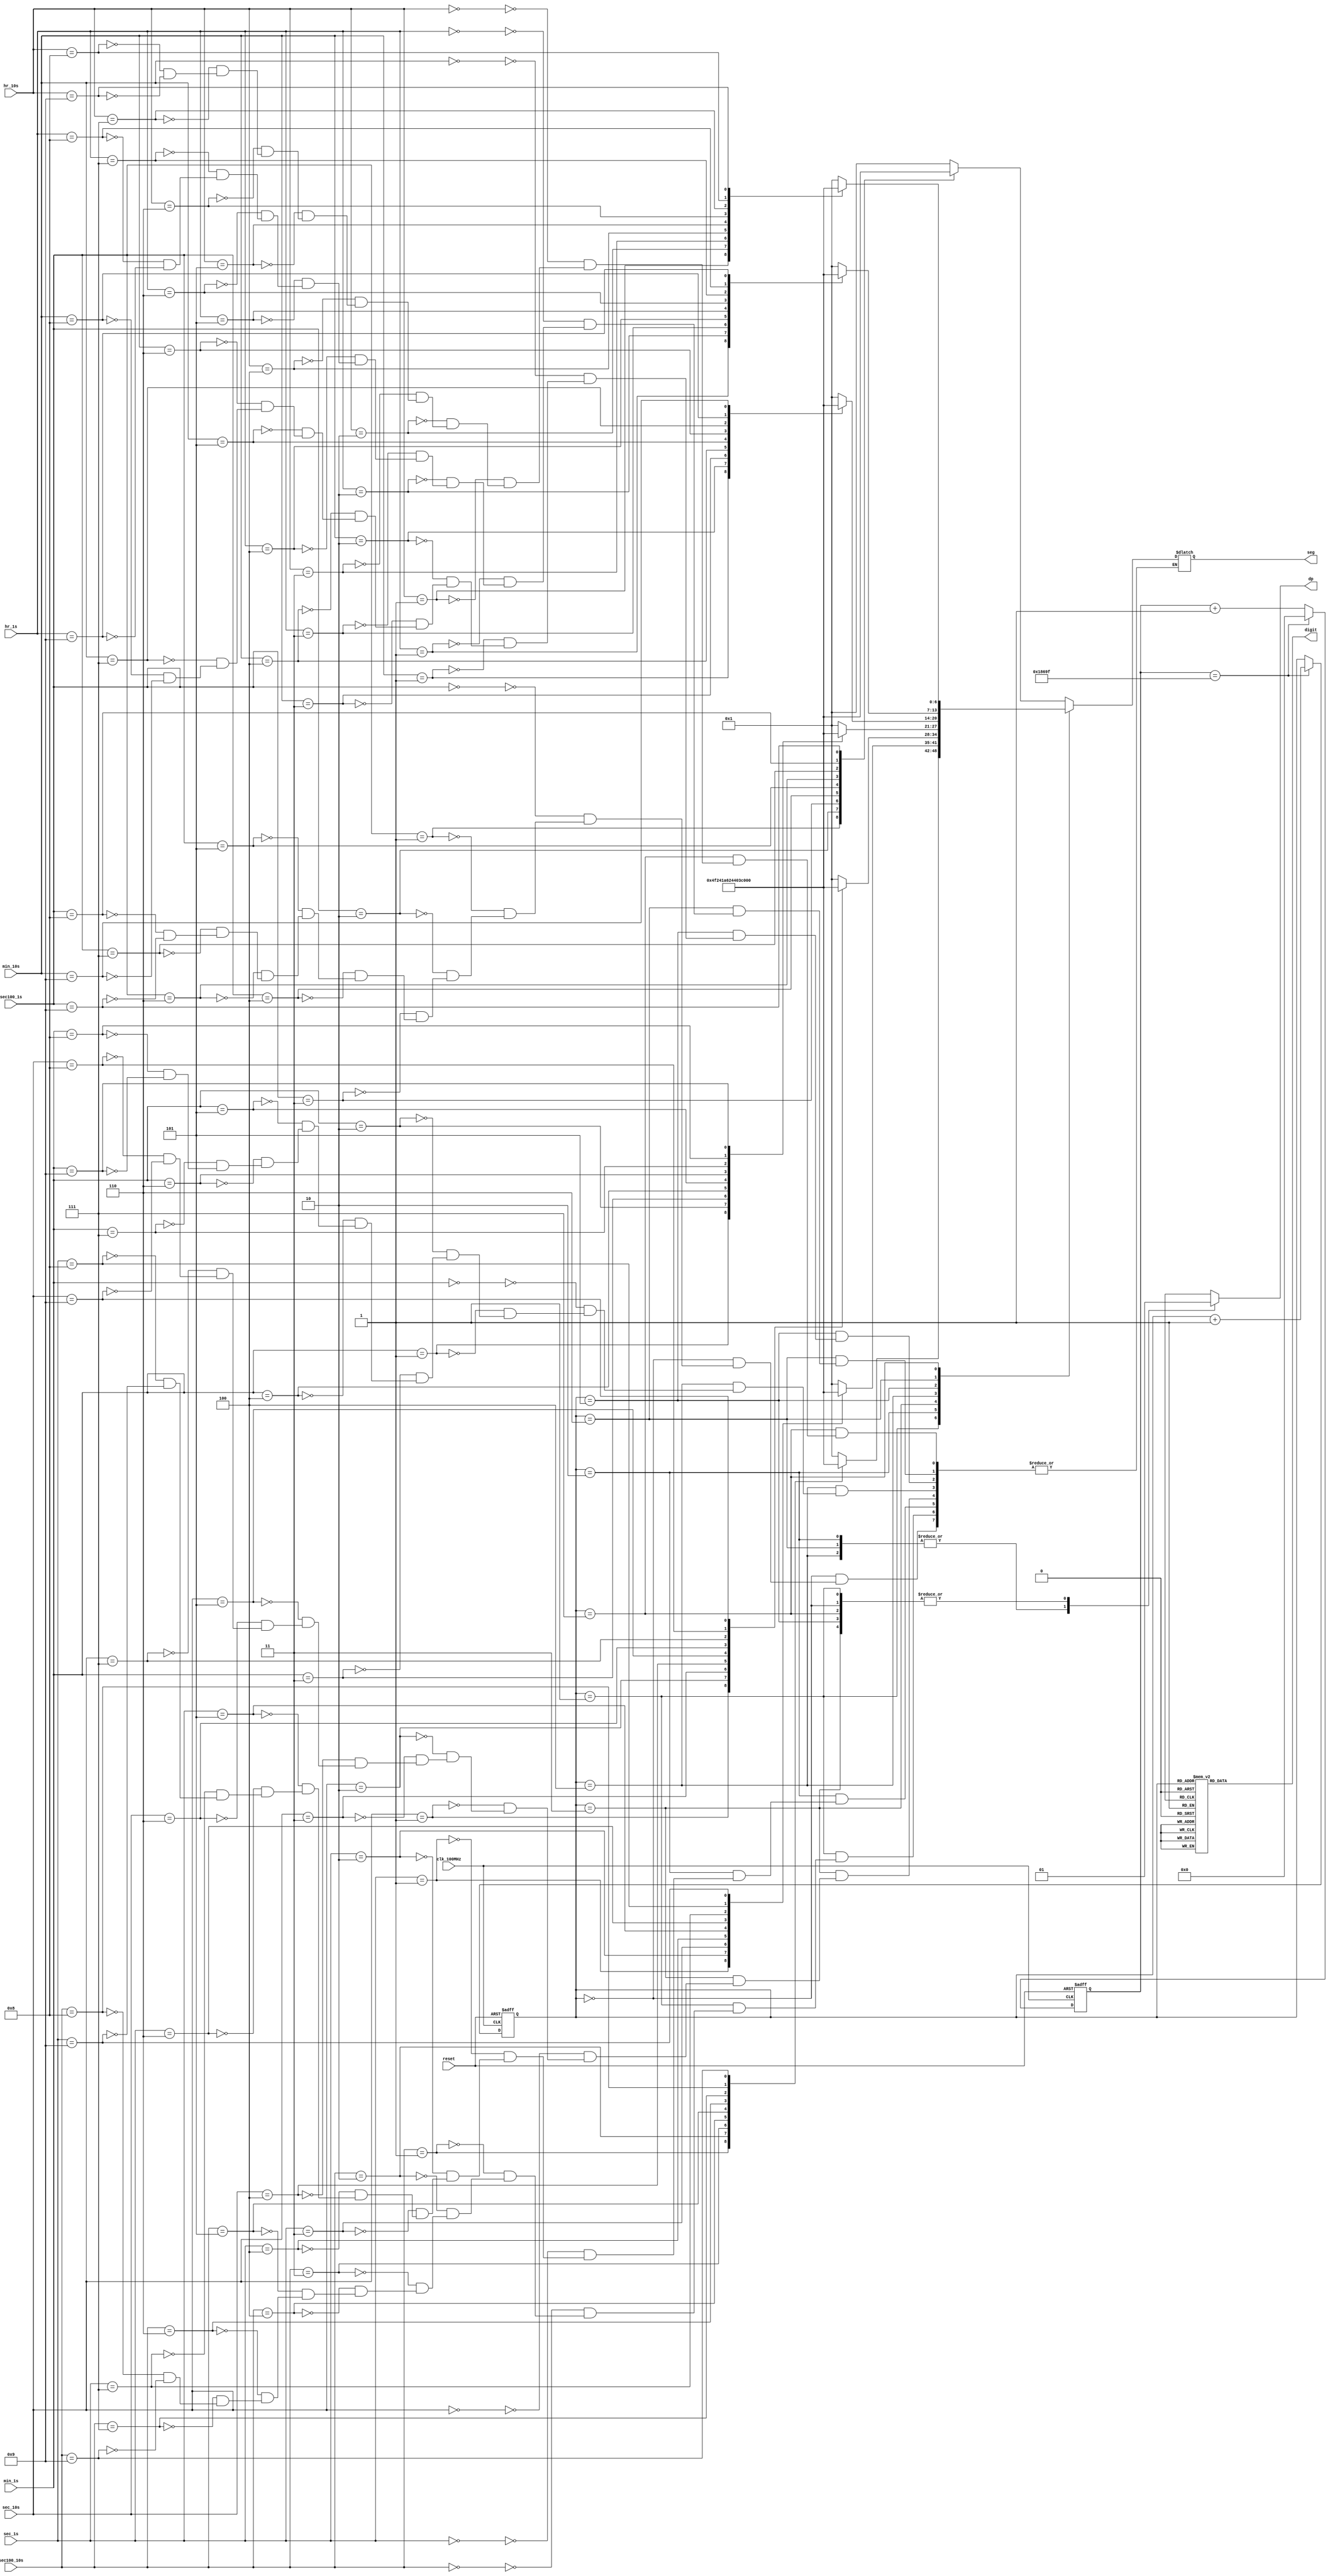
`timescale 1ns / 1ps
//////////////////////////////////////////////////////////////////////////////////
// Authored by David J. Marion aka FPGA Dude
// Created on April 18, 2022
//
// Edited on April 20, 2022 --> added decimal points on 7-Segment Display to 
//                              separate each two digit value.
//
//////////////////////////////////////////////////////////////////////////////////

module seg_display_driver(
    input clk_100MHz,
    input reset,
    input [3:0] hr_10s, hr_1s, min_10s, min_1s, sec_10s, sec_1s, sec100_10s, sec100_1s,
    output reg [0:6] seg,       // segment pattern 0-9
    output reg dp,              // decimal point
    output reg [7:0] digit      // digit select signals
    );

    // Parameters for segment patterns
    parameter ZERO  = 7'b000_0001;  // 0
    parameter ONE   = 7'b100_1111;  // 1
    parameter TWO   = 7'b001_0010;  // 2 
    parameter THREE = 7'b000_0110;  // 3
    parameter FOUR  = 7'b100_1100;  // 4
    parameter FIVE  = 7'b010_0100;  // 5
    parameter SIX   = 7'b010_0000;  // 6
    parameter SEVEN = 7'b000_1111;  // 7
    parameter EIGHT = 7'b000_0000;  // 8
    parameter NINE  = 7'b000_0100;  // 9
    
    // To select each digit in turn
    reg [2:0] digit_select;     // 3 bit counter for selecting each of 8 digits
    reg [16:0] digit_timer;     // counter for digit refresh
    
    // Logic for controlling digit select and digit timer
    always @(posedge clk_100MHz or posedge reset) begin
        if(reset) begin
            digit_select <= 0;
            digit_timer <= 0; 
        end
        else                                        // 1/1000 = 1ms x 4 displays = 4ms refresh period
            if(digit_timer == 99_999) begin       // 100MHz / 100,000 = 1000 : each display on for 1ms
                digit_timer <= 0;
                digit_select <=  digit_select + 1;
            end
            else
                digit_timer <=  digit_timer + 1;
    end
    
    // Logic for driving the 8 bit anode output based on digit select
    always @(digit_select) begin
        case(digit_select) 
            3'b000 : digit = 8'b11111110;   // 1/100th of second ones  
            3'b001 : digit = 8'b11111101;   // 1/100th of second tens   
            3'b010 : digit = 8'b11111011;   // second ones
            3'b011 : digit = 8'b11110111;   // second tens          
            3'b100 : digit = 8'b11101111;   // minute ones       
            3'b101 : digit = 8'b11011111;   // minute tens             
            3'b110 : digit = 8'b10111111;   // hours ones     
            3'b111 : digit = 8'b01111111;   // hours tens     
        endcase
    end
    
    // Logic for driving segments based on which digit is selected and the value of each digit
    // Added drivers for the decimal point to appear on some digits
    always @*
        case(digit_select)
            3'b000 : begin       // 1/100 of Seconds 1s DIGIT
                        dp = 1'b1;
                        case(sec100_1s)
                            4'b0000 : seg = ZERO;
                            4'b0001 : seg = ONE;
                            4'b0010 : seg = TWO;
                            4'b0011 : seg = THREE;
                            4'b0100 : seg = FOUR;
                            4'b0101 : seg = FIVE;
                            4'b0110 : seg = SIX;
                            4'b0111 : seg = SEVEN;
                            4'b1000 : seg = EIGHT;
                            4'b1001 : seg = NINE;
                        endcase
                    end
                    
            3'b001 : begin       // 1/100 of Seconds 10s DIGIT
                        dp = 1'b1;
                        case(sec100_10s)
                            4'b0000 : seg = ZERO;
                            4'b0001 : seg = ONE;
                            4'b0010 : seg = TWO;
                            4'b0011 : seg = THREE;
                            4'b0100 : seg = FOUR;
                            4'b0101 : seg = FIVE;
                            4'b0110 : seg = SIX;
                            4'b0111 : seg = SEVEN;
                            4'b1000 : seg = EIGHT;
                            4'b1001 : seg = NINE;
                        endcase
                    end
                    
            3'b010 : begin       // Seconds 1s DIGIT
                        dp = 1'b0;
                        case(sec_1s)
                            4'b0000 : seg = ZERO;
                            4'b0001 : seg = ONE;
                            4'b0010 : seg = TWO;
                            4'b0011 : seg = THREE;
                            4'b0100 : seg = FOUR;
                            4'b0101 : seg = FIVE;
                            4'b0110 : seg = SIX;
                            4'b0111 : seg = SEVEN;
                            4'b1000 : seg = EIGHT;
                            4'b1001 : seg = NINE;
                        endcase
                    end
                    
            3'b011 : begin       // Seconds 10s DIGIT
                        dp = 1'b1;
                        case(sec_10s)
                            4'b0000 : seg = ZERO;
                            4'b0001 : seg = ONE;
                            4'b0010 : seg = TWO;
                            4'b0011 : seg = THREE;
                            4'b0100 : seg = FOUR;
                            4'b0101 : seg = FIVE;
                            4'b0110 : seg = SIX;
                            4'b0111 : seg = SEVEN;
                            4'b1000 : seg = EIGHT;
                            4'b1001 : seg = NINE;
                        endcase
                    end
                    
           3'b100 : begin       // Minute 1s DIGIT
                        dp = 1'b0;
                        case(min_1s)
                            4'b0000 : seg = ZERO;
                            4'b0001 : seg = ONE;
                            4'b0010 : seg = TWO;
                            4'b0011 : seg = THREE;
                            4'b0100 : seg = FOUR;
                            4'b0101 : seg = FIVE;
                            4'b0110 : seg = SIX;
                            4'b0111 : seg = SEVEN;
                            4'b1000 : seg = EIGHT;
                            4'b1001 : seg = NINE;
                        endcase
                    end
                    
            3'b101 : begin       // Minute 10s DIGIT
                        dp = 1'b1;
                        case(min_10s)
                            4'b0000 : seg = ZERO;
                            4'b0001 : seg = ONE;
                            4'b0010 : seg = TWO;
                            4'b0011 : seg = THREE;
                            4'b0100 : seg = FOUR;
                            4'b0101 : seg = FIVE;
                            4'b0110 : seg = SIX;
                            4'b0111 : seg = SEVEN;
                            4'b1000 : seg = EIGHT;
                            4'b1001 : seg = NINE;
                        endcase
                    end
                    
            3'b110 : begin       // Hour 1s DIGIT
                        dp = 1'b0;
                        case(hr_1s)
                            4'b0000 : seg = ZERO;
                            4'b0001 : seg = ONE;
                            4'b0010 : seg = TWO;
                            4'b0011 : seg = THREE;
                            4'b0100 : seg = FOUR;
                            4'b0101 : seg = FIVE;
                            4'b0110 : seg = SIX;
                            4'b0111 : seg = SEVEN;
                            4'b1000 : seg = EIGHT;
                            4'b1001 : seg = NINE;
                        endcase
                    end
                    
            3'b111 : begin       // Hour 10s DIGIT
                        dp = 1'b1;
                        case(hr_10s)
                            4'b0000 : seg = ZERO;
                            4'b0001 : seg = ONE;
                            4'b0010 : seg = TWO;
                            4'b0011 : seg = THREE;
                            4'b0100 : seg = FOUR;
                            4'b0101 : seg = FIVE;
                            4'b0110 : seg = SIX;
                            4'b0111 : seg = SEVEN;
                            4'b1000 : seg = EIGHT;
                            4'b1001 : seg = NINE;
                        endcase
                    end 
        endcase   
  
endmodule